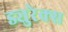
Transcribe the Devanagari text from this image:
ड्युरेक्स